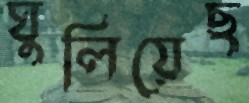
ঘুলিয়েছ